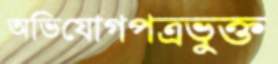
অভিযোগপত্রভুক্ত